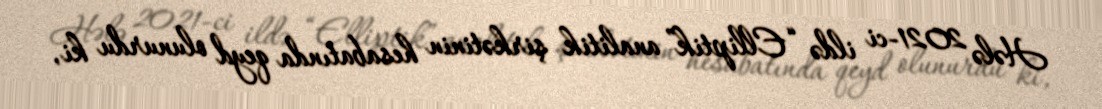
Hələ 2021-ci ildə “Elliptik” analitik şirkətinin hesabatında qeyd olunurdu ki,